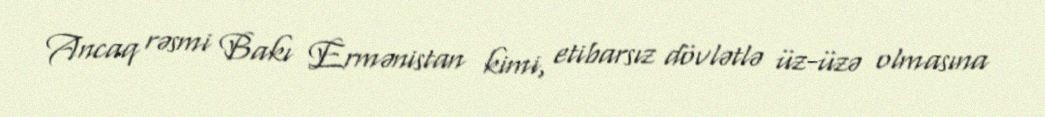
Ancaq rəsmi Bakı Ermənistan kimi, etibarsız dövlətlə üz-üzə olmasına